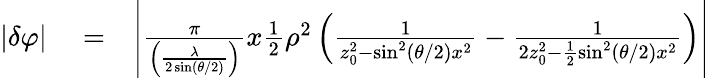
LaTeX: \begin{array}{rlr}{|\delta\varphi|}&{{}=}&{\left|\frac{\pi}{\left(\frac{\lambda}{2\sin(\theta/2)}\right)}x\frac{1}{2}\rho^{2}\left(\frac{1}{z_{0}^{2}-\sin^{2}(\theta/2)x^{2}}-\frac{1}{2z_{0}^{2}-\frac{1}{2}\sin^{2}(\theta/2)x^{2}}\right)\right|}\end{array}